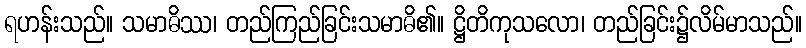
ရဟန်းသည်။ သမာဓိဿ၊ တည်ကြည်ခြင်းသမာဓိ၏။ ဋ္ဌိတိကုသလော၊ တည်ခြင်း၌လိမ်မာသည်။